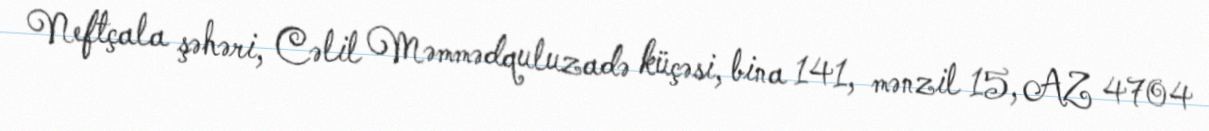
Neftçala şəhəri, Cəlil Məmmədquluzadə küçəsi, bina 141, mənzil 15, AZ 4704